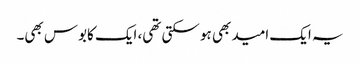
یہ ایک امید بھی ہو سکتی تھی، ایک کابوس بھی۔